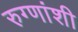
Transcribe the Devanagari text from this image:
रुग्णांशी